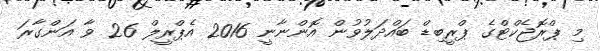
މި ޕްރޮޖެކްޓްގެ ޕްރީބިޑް ބައްދަލުވުން އޮންނާނީ 2016 އެޕްރީލް 26 ވާ އަންގާރަ